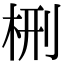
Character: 㭢